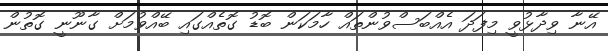
އޭނާ ވިދާޅުވީ މިފަދަ އެއްބަސްވުންތައް ހާމަކަން ބޮޑު ގޮތެއްގައި ބޭއްވުމަށް ގާނޫނީ ގޮތުން